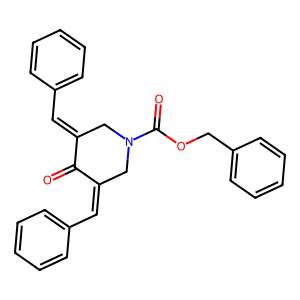
SMILES: O=C1C(=Cc2ccccc2)CN(C(=O)OCc2ccccc2)CC1=Cc1ccccc1
Inhibits HIV replication: No